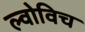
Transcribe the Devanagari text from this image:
ल्वोविच